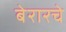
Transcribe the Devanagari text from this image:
बेरारचे